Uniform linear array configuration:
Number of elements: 32
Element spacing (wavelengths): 1
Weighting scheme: cosine
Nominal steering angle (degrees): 60
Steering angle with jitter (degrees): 58.238
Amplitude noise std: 0.05
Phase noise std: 0.05

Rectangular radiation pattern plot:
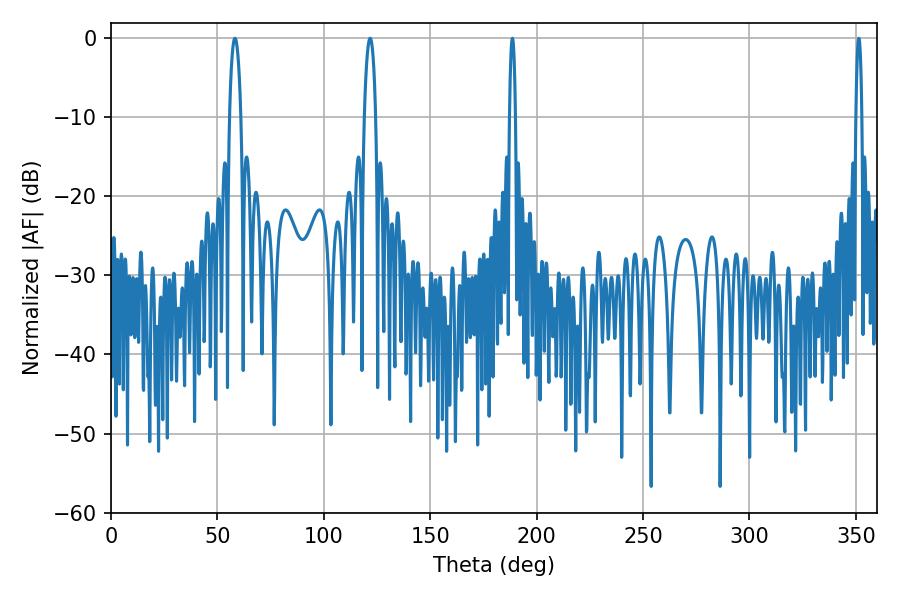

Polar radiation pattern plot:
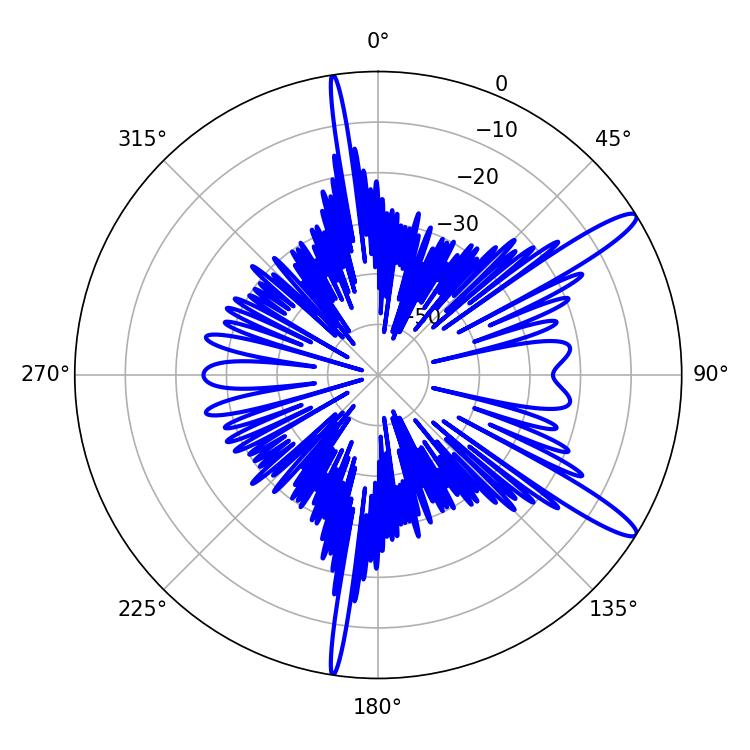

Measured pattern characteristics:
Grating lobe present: TRUE
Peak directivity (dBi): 13.357
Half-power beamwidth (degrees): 1.44
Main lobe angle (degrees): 351.36